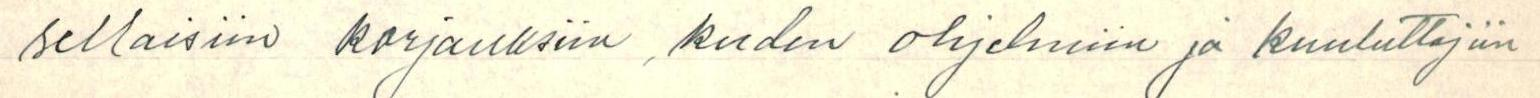
sellaisiin korjauksiin, kuden ohjelmiin ja kuuluttajiin